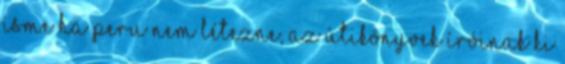
isme Ha Peru nem létezne, az útikönyvek íróinak ki